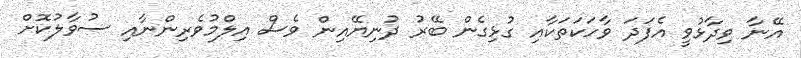
އޭނާ ވިދާޅުވީ އެފަދަ ވާހަކަތަކާއި ގުޅިގެން ބޭރު ދުނިޔޭއިން ވެސް އިލްމުވެރިންނާއި ސުވާލުކޮށް